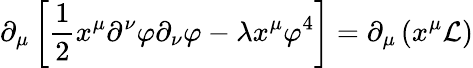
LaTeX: \partial_{\mu}\left[{\frac{1}{2}}x^{\mu}\partial^{\nu}\varphi\partial_{\nu}\varphi-\lambda x^{\mu}\varphi^{4}\right]=\partial_{\mu}\left(x^{\mu}{\mathcal{L}}\right)